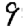
Digit: 9